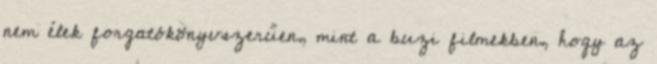
nem élek forgatókönyvszerűen, mint a buzi filmekben, hogy az